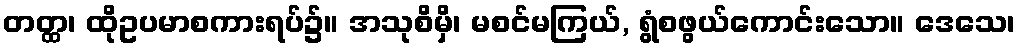
တတ္ထ၊ ထိုဥပမာစကားရပ်၌။ အသုစိမှိ၊ မစင်မကြယ်, ရွံစဖွယ်ကောင်းသော။ ဒေသေ၊